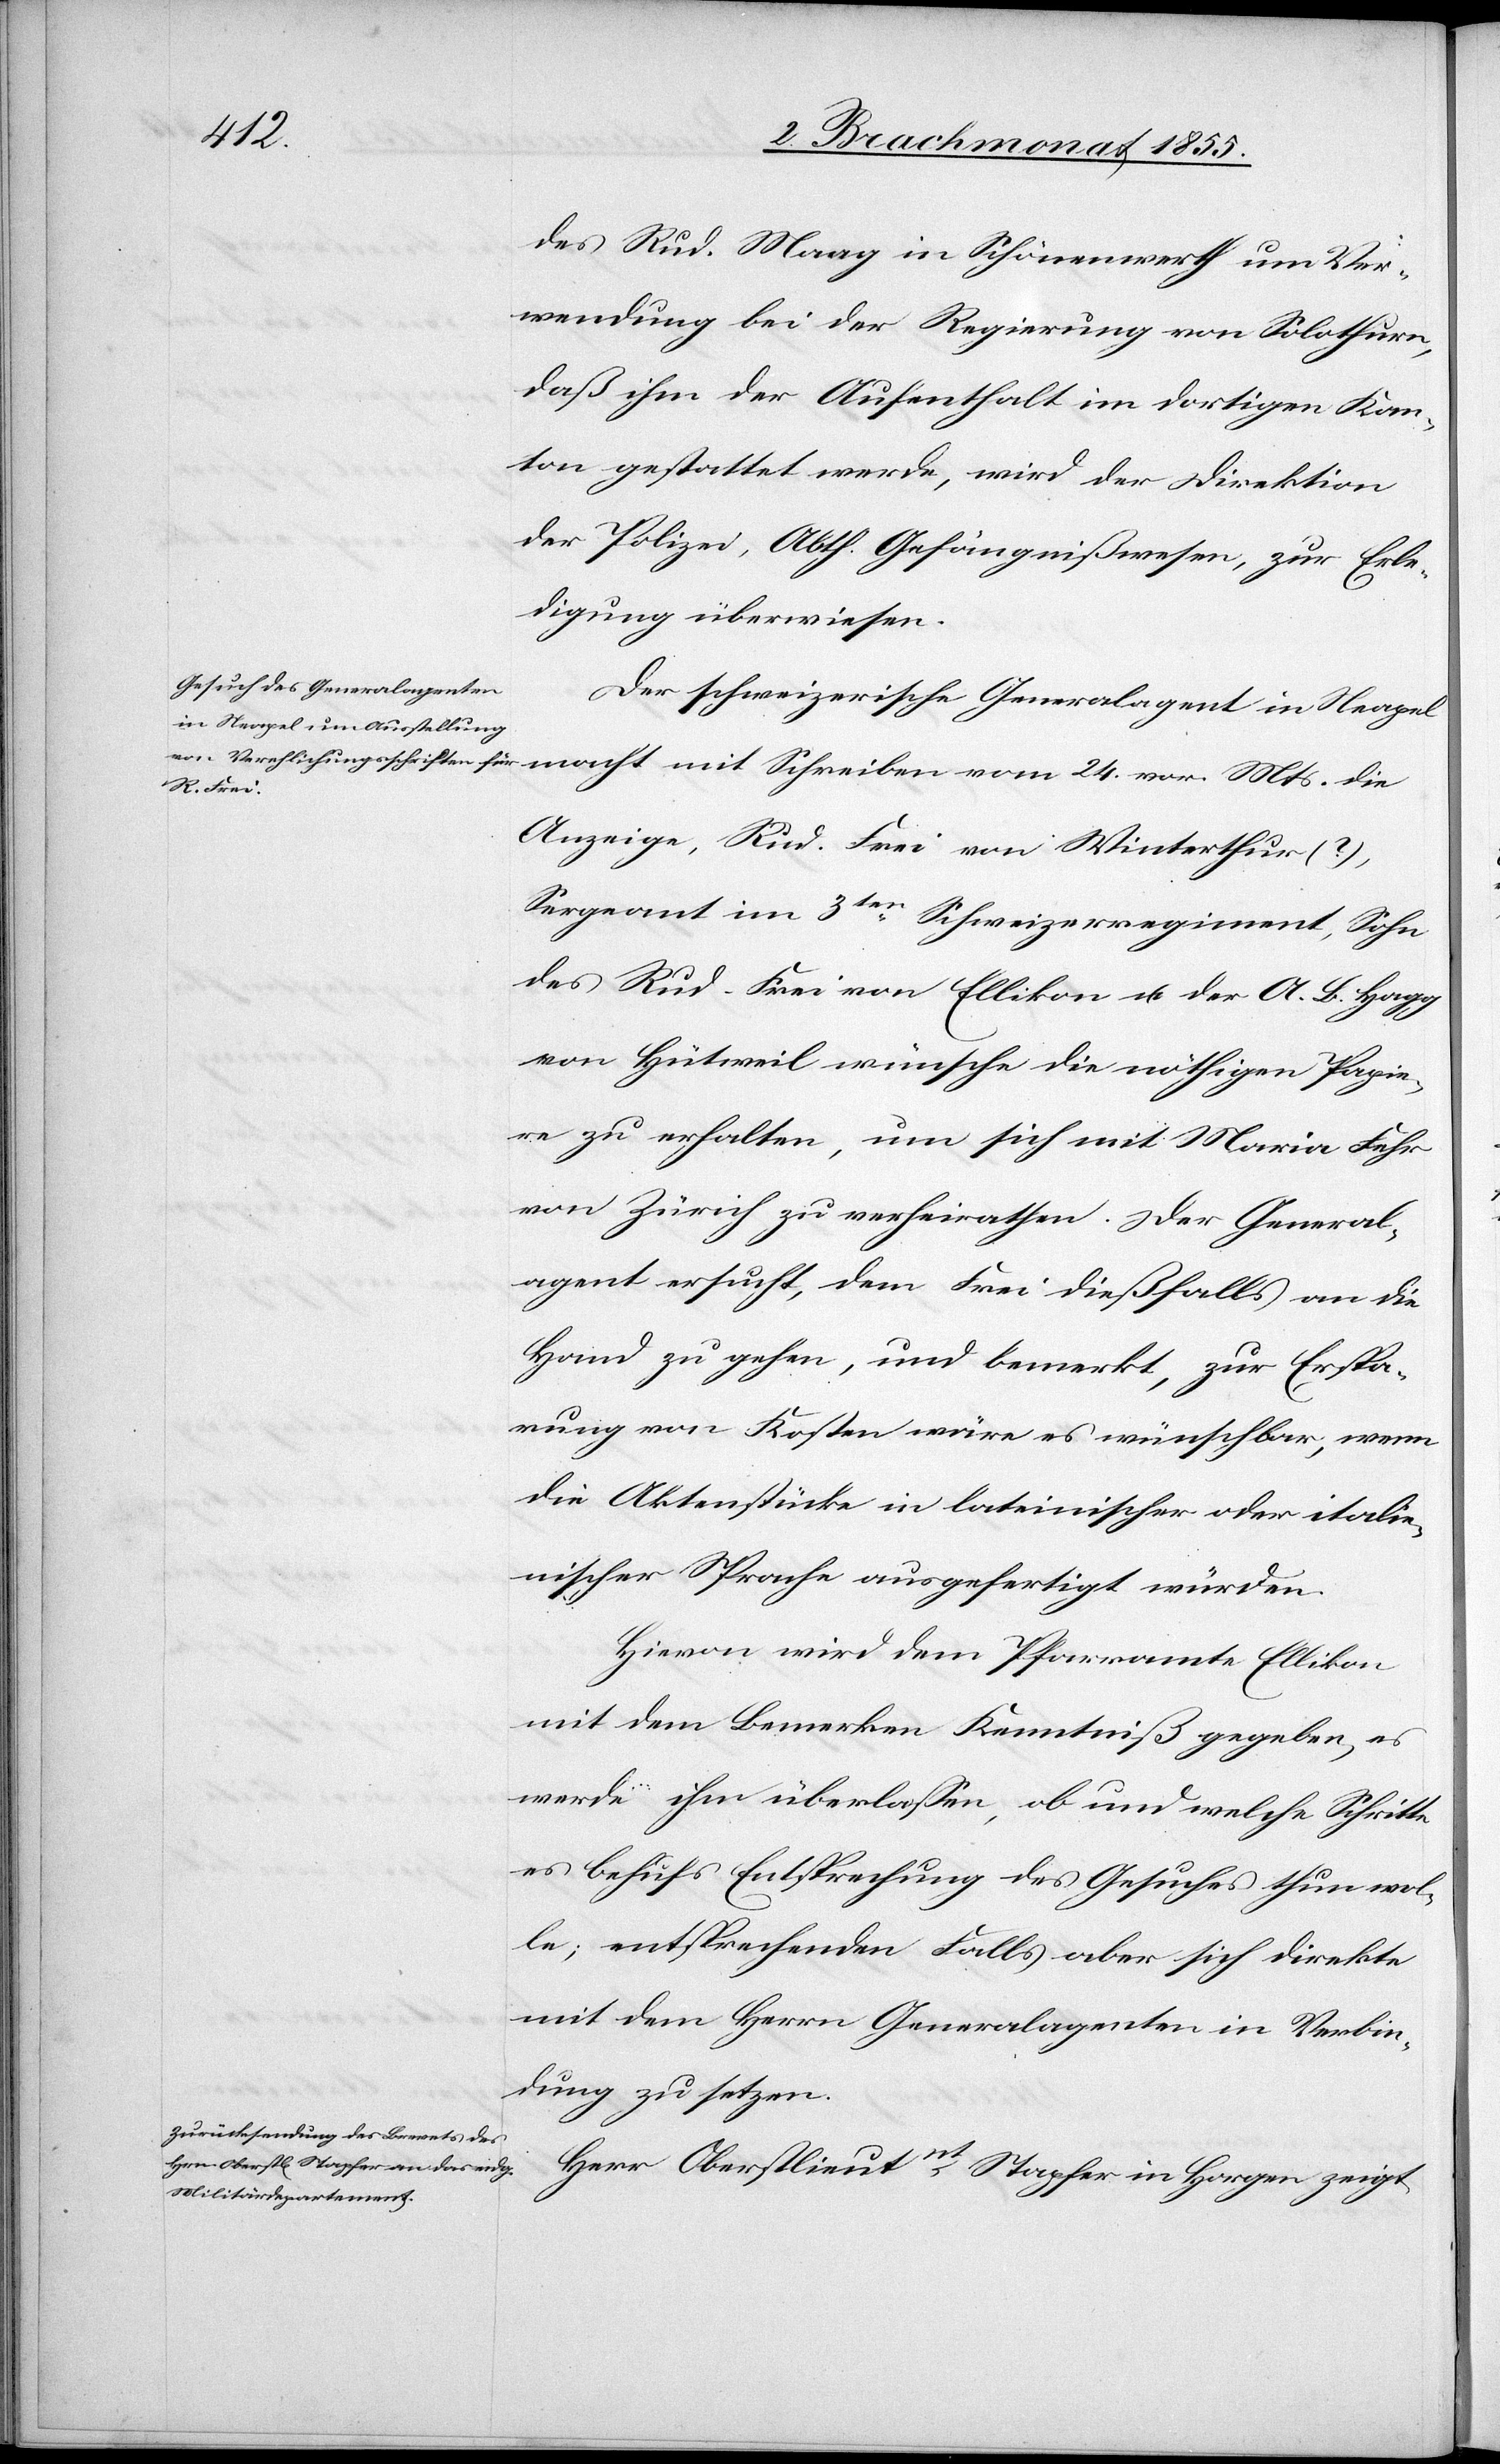
Mts.
des Rud. Maag in Schönenwerth um Ver¬
wendung bei der Regierung von Solothurn,
daß ihm der Aufenthalt im dortigen Kan¬
ton gestattet werde, wird der Direktion
der Polizei, Abth. Gefängnißwesen, zur Erle¬
digung überwiesen.
Der schweizerische Generalagent in Neapel
Anzeige, Rud. Frei von Winterthur (?),
Sergeant im 3ten Schweizerregiment, Sohn
des Rud. Frei von Ellikon u. der A. B. Hagg
von Hütweil wünsche die nöthigen Papie¬
re zu erhalten, um sich mit Maria Fehr
von Zürich zu verheirathen. Der General¬
agent ersucht, dem Frei dießfalls an die
Hand zu gehen, und bemerkt, zur Erspa¬
rung von Kosten wäre es wünschbar, wenn
die Aktenstücke in lateinischer oder italie¬
nischer Sprache ausgefertigt würden.
Hievon wird dem Pfarramte Ellikon
mit dem Bemerken Kenntniß gegeben, es
werde ihm überlassen, ob und welche Schritte
es behufs Entsprechung des Gesuches thun wol¬
le; entsprechenden Falls aber sich direkte
mit dem Herrn Generalagenten in Verbin¬
dung zu setzen.
Herr Oberstlieutnt Stapfer in Horgen zeigt